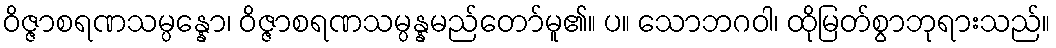
ဝိဇ္ဇာစရဏသမ္ပန္နော၊ ဝိဇ္ဇာစရဏသမ္ပန္နမည်တော်မူ၏။ ပ။ သောဘဂဝါ၊ ထိုမြတ်စွာဘုရားသည်။